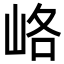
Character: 峈